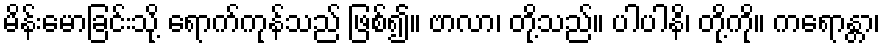
မိန်းမောခြင်းသို့ ရောက်ကုန်သည် ဖြစ်၍။ ဗာလာ၊ တို့သည်။ ပါပါနိ၊ တို့ကို။ ကရောန္တာ၊